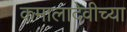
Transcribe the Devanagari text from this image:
कमालादेवीच्या